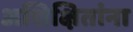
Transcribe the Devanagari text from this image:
अशिक्षितांना